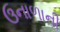
ઉનાળાની